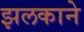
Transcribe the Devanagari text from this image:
झलकाने